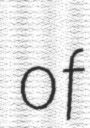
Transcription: of